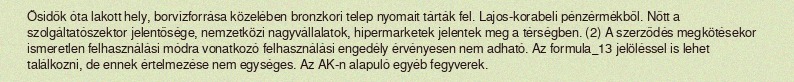
Ősidők óta lakott hely, borvízforrása közelében bronzkori telep nyomait tárták fel. Lajos-korabeli pénzérmékből. Nőtt a szolgáltatószektor jelentősége, nemzetközi nagyvállalatok, hipermarketek jelentek meg a térségben. (2) A szerződés megkötésekor ismeretlen felhasználási módra vonatkozó felhasználási engedély érvényesen nem adható. Az formula_13 jelöléssel is lehet találkozni, de ennek értelmezése nem egységes. Az AK-n alapuló egyéb fegyverek.